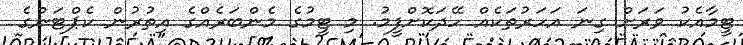
ޓީމާއެކު ވަރަށް ގިނަ އަހަރުތަކެއް ހޭދަކޮށްފީމު. މި ޓީމުގެ މެންބަރެއްގެ އިތުރުން ކެޕްޓަންގެ